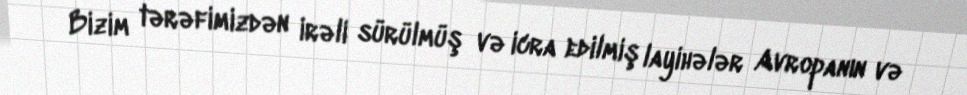
Bizim tərəfimizdən irəli sürülmüş və icra edilmiş layihələr Avropanın və